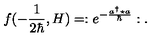
f ( - \frac { 1 } { 2 \hbar } , H ) = : e ^ { - \frac { a ^ { \dagger } \star a } { \hbar } } : .